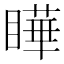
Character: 瞱